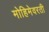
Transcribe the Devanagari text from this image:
मोहिमेवरती